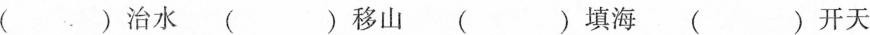
( )治水 ( ) 移山 ( )填海 ( )开天